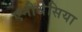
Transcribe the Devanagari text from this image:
एनीथेसिया